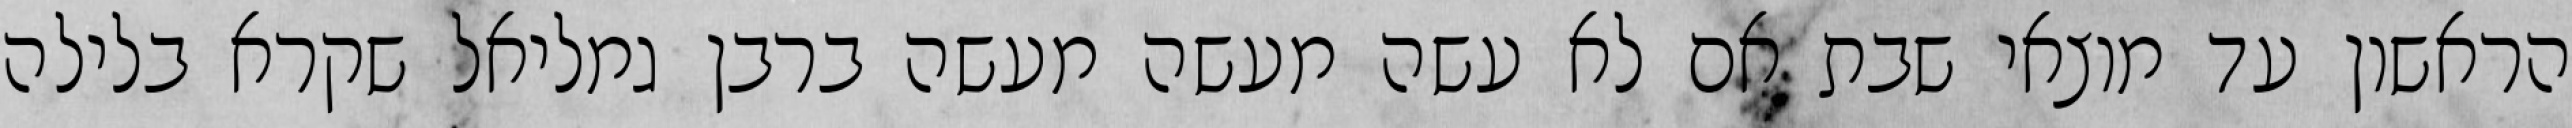
הראשון עד מוצאי שבת אם לא עשה מעשה מעשה ברבן גמליאל שקרא בלילה